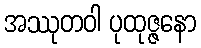
အဿုတဝါ ပုထုဇ္ဇနော